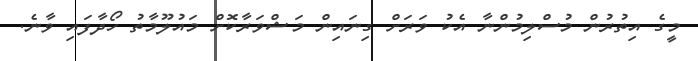
މީގެ އިތުރުން މުސްލިމުންނާ އެކު ވަރަށް ގިނައިން މަޝްވަރާކޮށް މައުލޫމާތު ހޯދާފައި ވާނެ.